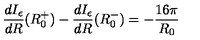
\frac { d I _ { \epsilon } } { d R } ( R _ { 0 } ^ { + } ) - \frac { d I _ { \epsilon } } { d R } ( R _ { 0 } ^ { - } ) = - \frac { 1 6 \pi } { R _ { 0 } }